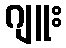
ဂျူး